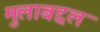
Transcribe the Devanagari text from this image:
मुलाबद्दल